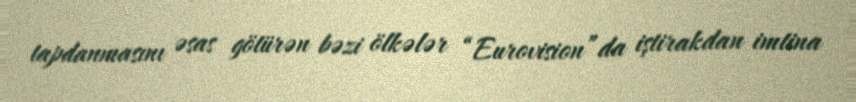
tapdanmasını əsas götürən bəzi ölkələr “Eurovision”da iştirakdan imtina